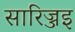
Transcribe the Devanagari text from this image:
सारिज्जइ